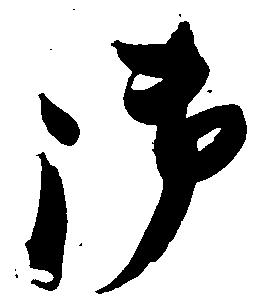
御